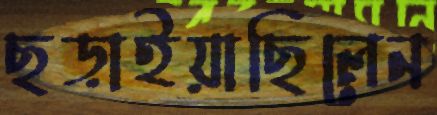
ছড়াইয়াছিলেন